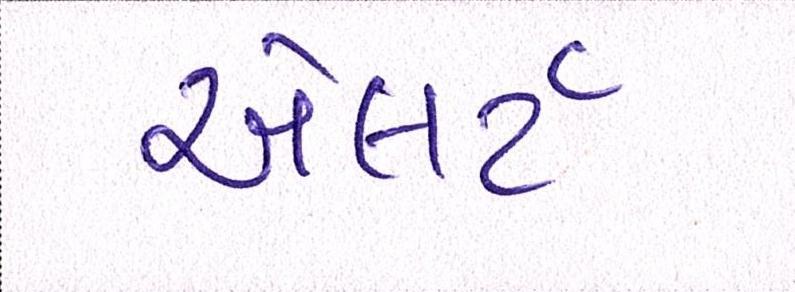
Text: એલર્ટ